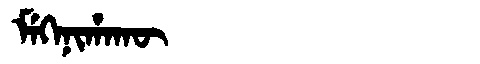
Manchu: ᠮᡝᡴᡝᠨᡳᡥᠠᡴᡡ
Romanization: MEKENIHAKŪ